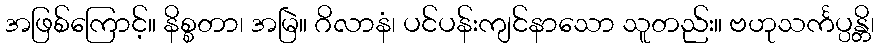
အဖြစ်ကြောင့်။ နိစ္စတာ၊ အမြဲ။ ဂိလာနံ၊ ပင်ပန်းကျင်နာသော သူတည်း။ ဗဟုသင်္ကပ္ပန္တိ၊